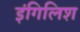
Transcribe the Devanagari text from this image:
इंगिलिश